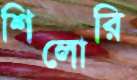
শিলোরি